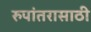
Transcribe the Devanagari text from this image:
रुपांतरासाठी